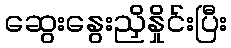
ဆွေးနွေးညှိနှိုင်းပြီး